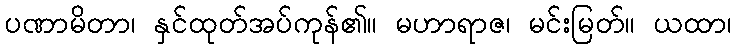
ပဏာမိတာ၊ နှင်ထုတ်အပ်ကုန်၏။ မဟာရာဇ၊ မင်းမြတ်။ ယထာ၊